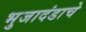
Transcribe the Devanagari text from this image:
भुजादंडाचे